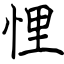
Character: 悝